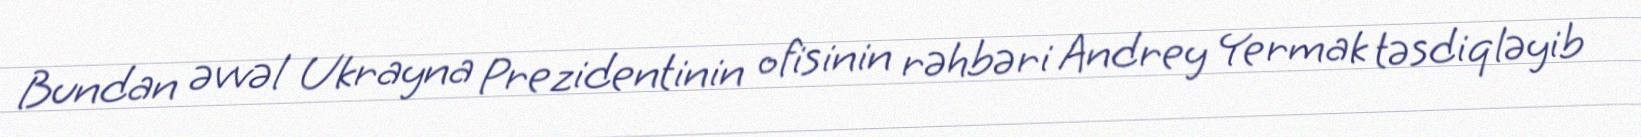
Bundan əvvəl Ukrayna Prezidentinin ofisinin rəhbəri Andrey Yermak təsdiqləyib